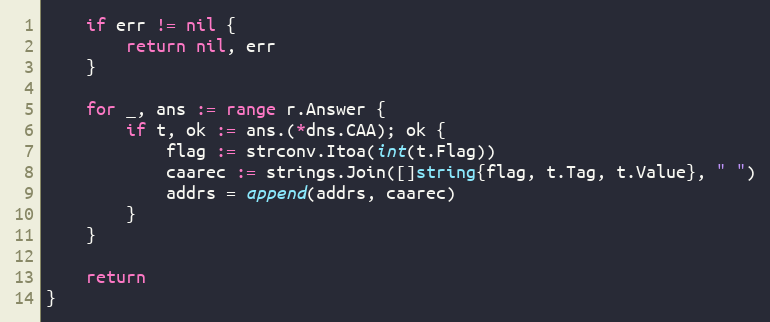
Language: Go
	if err != nil {
		return nil, err
	}

	for _, ans := range r.Answer {
		if t, ok := ans.(*dns.CAA); ok {
			flag := strconv.Itoa(int(t.Flag))
			caarec := strings.Join([]string{flag, t.Tag, t.Value}, " ")
			addrs = append(addrs, caarec)
		}
	}

	return
}